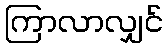
ကြာလာလျှင်